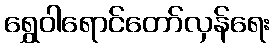
ရွှေဝါရောင်တော်လှန်ရေး